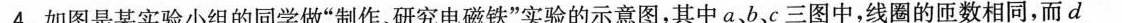
4.如图是某实验小组的同学做”制作、研究电磁铁”实验的示意图，其中a、b、c三图中，线圈的匝数相同，而d